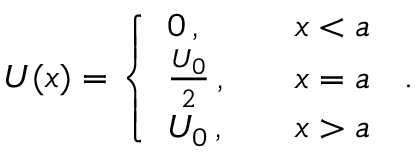
U ( x ) = \left\{ \begin{array} { l l } { 0 \, , } & { \quad x < a } \\ { \frac { U _ { 0 } } 2 \, , } & { \quad x = a } \\ { U _ { 0 } \, , } & { \quad x > a } \end{array} \right. \, .